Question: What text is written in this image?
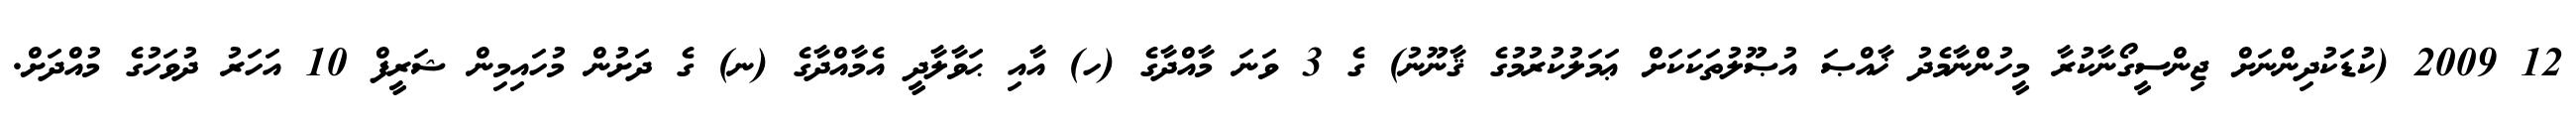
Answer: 12 2009 (ކުޑަކުދިންނަށް ޖިންސީގޯނާކުރާ މީހުންނާމެދު ޚާއްޞަ އުޞޫލުތަކަކަށް ޢަމަލުކުރުމުގެ ޤާނޫނު) ގެ 3 ވަނަ މާއްދާގެ (ހ) އާއި ޙަވާލާދީ އެމާއްދާގެ (ނ) ގެ ދަށުން މުހައިމިން ޝަރީފް 10 އަހަރު ދުވަހުގެ މުއްދަށް.